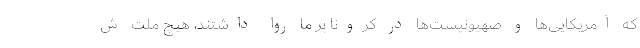
که آمریکایی‌ها و صهیونیست‌ها در کرونا بر ما روا داشتند، هیچ ملت ش